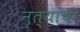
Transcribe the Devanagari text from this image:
नृत्यांची